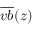
\overline { { v b } } ( z )